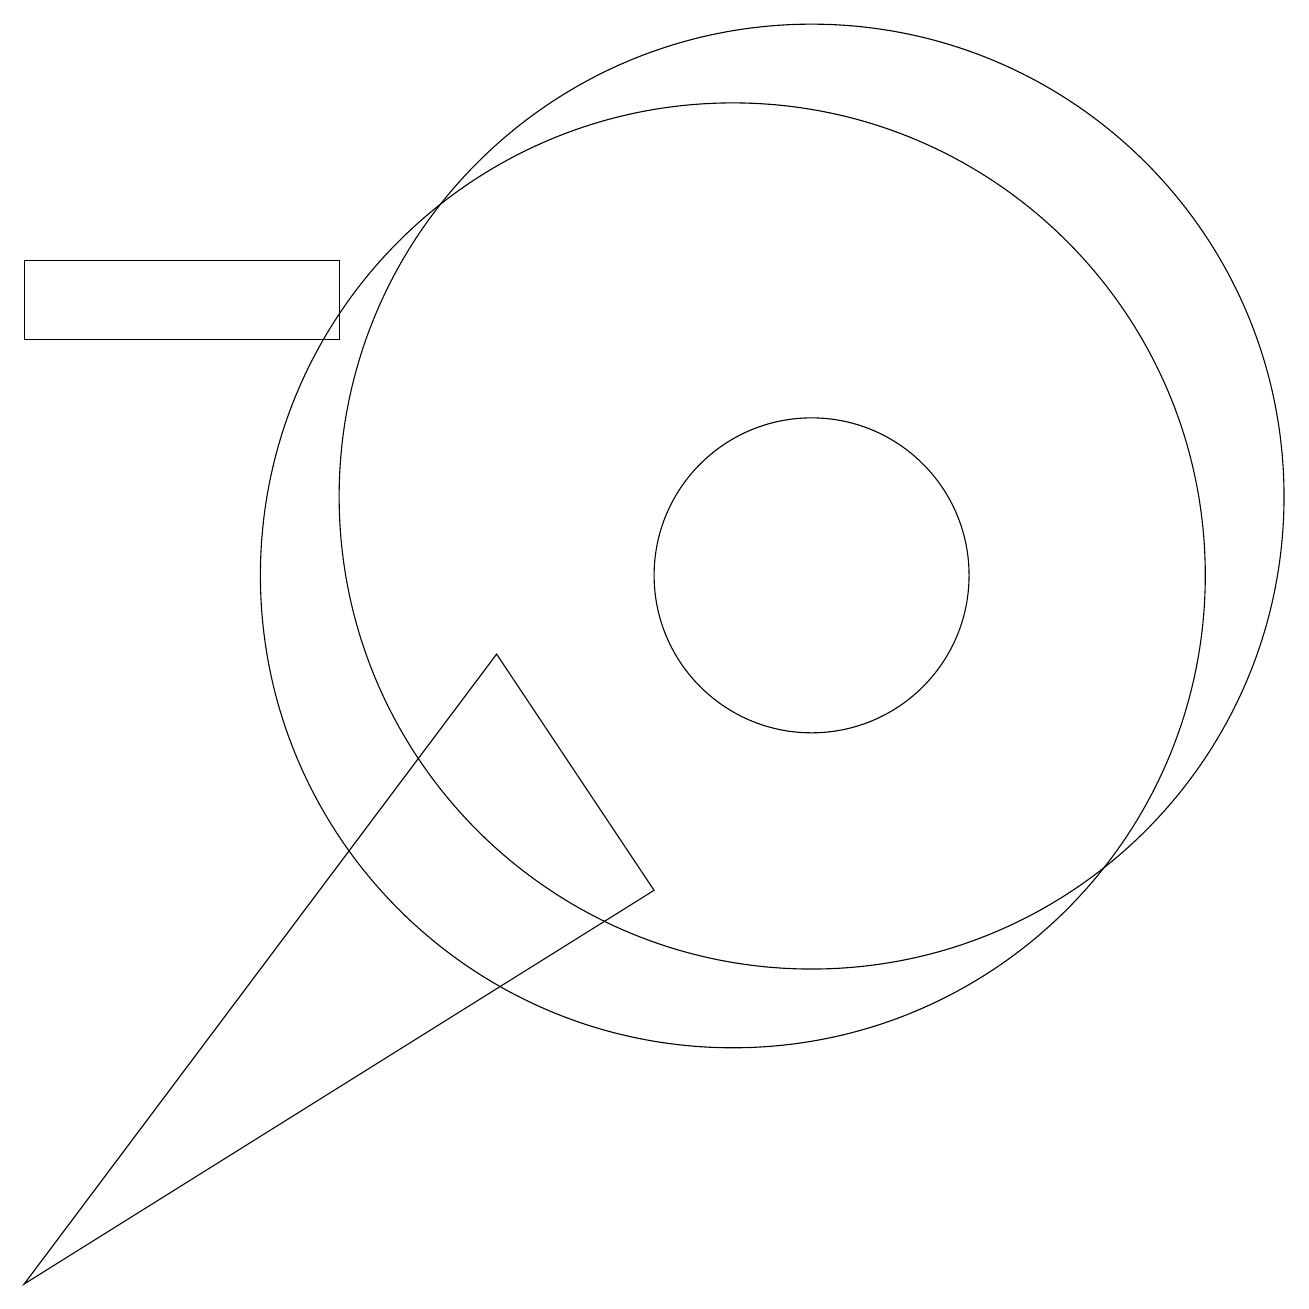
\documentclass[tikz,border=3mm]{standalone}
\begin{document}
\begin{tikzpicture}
\draw (10,10) circle (6);
\draw (1,13) rectangle (5,14);
\draw (7,9) -- (1,1) -- (9,6) -- cycle;
\draw (11,10) circle (2);
\draw (11,11) circle (6);
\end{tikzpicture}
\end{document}